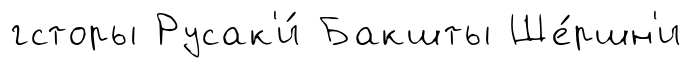
гсторы Русак'и́ Бакшты Ше́ршн'и